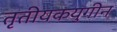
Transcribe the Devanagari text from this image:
तृतीयकयुगीन